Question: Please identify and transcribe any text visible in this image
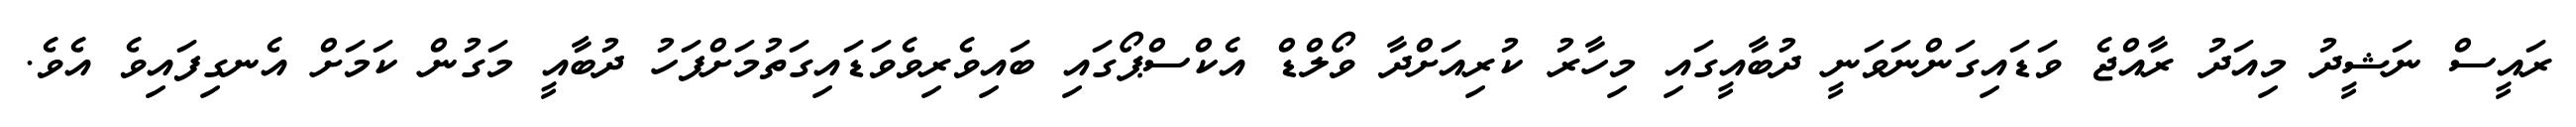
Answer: ރައީސް ނަޝީދު މިއަދު ރާއްޖެ ވަޑައިގަންނަވަނީ ދުބާއީގައި މިހާރު ކުރިއަށްދާ ވޯލްޑް އެކްސްޕޯގައި ބައިވެރިވެވަޑައިގަތުމަށްފަހު ދުބާއީ މަގުން ކަމަށް އެނގިފައިވެ އެވެ.